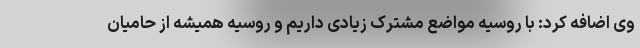
وی اضافه کرد: با روسیه مواضع مشترک زیادی داریم و روسیه همیشه از حامیان